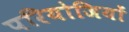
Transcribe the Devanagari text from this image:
परियोजियों